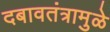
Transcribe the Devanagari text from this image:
दबावतंत्रामुळे